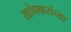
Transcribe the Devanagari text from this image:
खोपकरांच्या